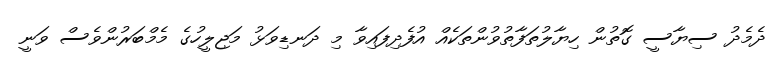
ދެމެދު ސިޔާސީ ގޮތުން ހިޔާލުތަފާތުވުންތަކެއް އުފެދިފައިވާ މި ދަނޑިވަޅު މަޖިލީހުގެ މެމްބަރުންވެސް ވަނީ